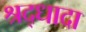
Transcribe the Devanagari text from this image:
श्रद्धादा